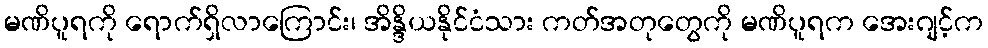
မဏိပူရကို ရောက်ရှိလာကြောင်း၊ အိန္ဒိယနိုင်ငံသား ကတ်အတုတွေကို မဏိပူရက အေးဂျင့်က